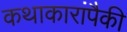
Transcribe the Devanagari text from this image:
कथाकारांपैकी